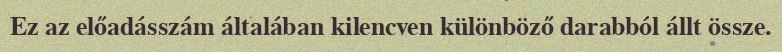
Ez az előadásszám általában kilencven különböző darabból állt össze.